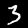
Label: 3